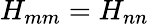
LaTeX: H_{mm}=H_{nn}